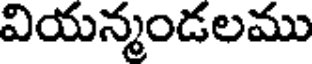
వియన్మండలము